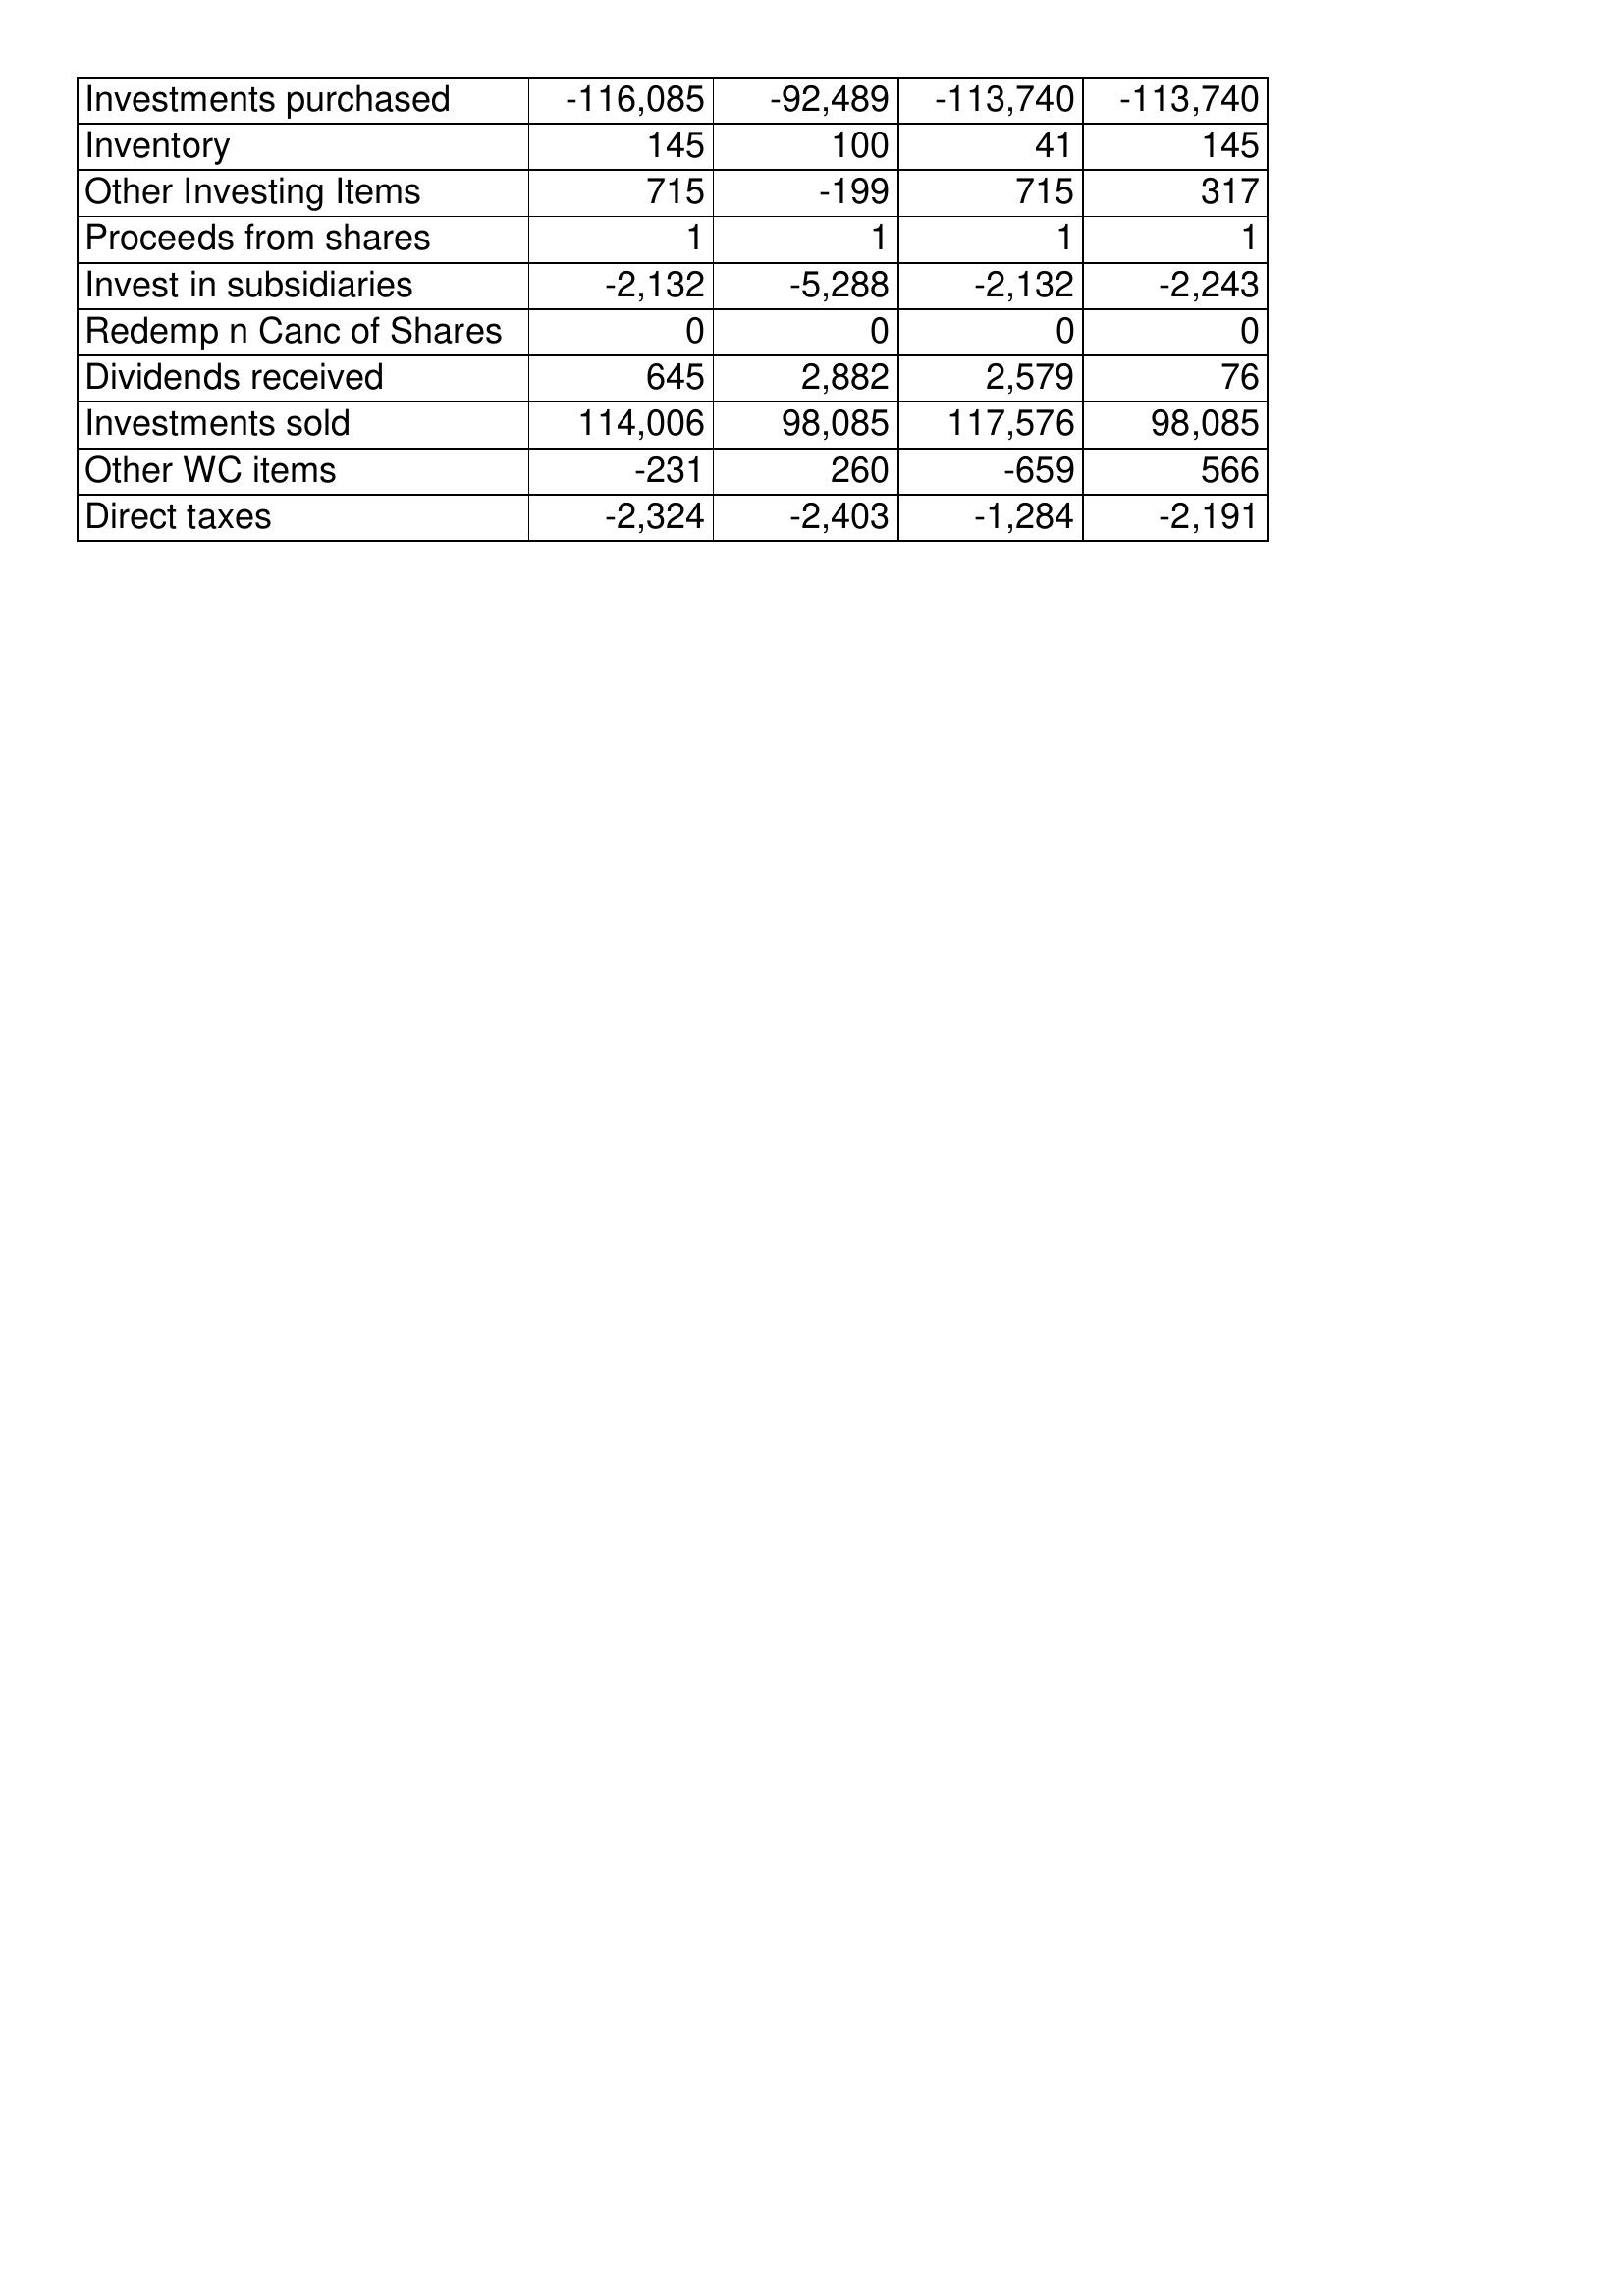
May-06: Cash Flows: Investments purchased: -116,085
Inventory: 145
Other Investing Items: 715
Proceeds from shares: 1
Invest in subsidiaries: -2,132
Redemp n Canc of Shares: 0
Dividends received: 645
Investments sold: 114,006
Other WC items: -231
Direct taxes: -2,324
May-05: Cash Flows: Investments purchased: -92,489
Inventory: 100
Other Investing Items: -199
Proceeds from shares: 1
Invest in subsidiaries: -5,288
Redemp n Canc of Shares: 0
Dividends received: 2,882
Investments sold: 98,085
Other WC items: 260
Direct taxes: -2,403
May-04: Cash Flows: Investments purchased: -113,740
Inventory: 41
Other Investing Items: 715
Proceeds from shares: 1
Invest in subsidiaries: -2,132
Redemp n Canc of Shares: 0
Dividends received: 2,579
Investments sold: 117,576
Other WC items: -659
Direct taxes: -1,284
May-03: Cash Flows: Investments purchased: -113,740
Inventory: 145
Other Investing Items: 317
Proceeds from shares: 1
Invest in subsidiaries: -2,243
Redemp n Canc of Shares: 0
Dividends received: 76
Investments sold: 98,085
Other WC items: 566
Direct taxes: -2,191